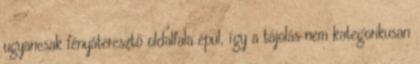
ugyancsak fényáteresztő oldalfala épül, így a tájolás nem kategorikusan